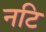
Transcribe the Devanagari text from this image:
नटि